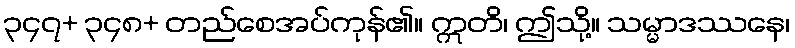
၃၄၇+ ၃၄၈+ တည်စေအပ်ကုန်၏။ ဣတိ၊ ဤသို့။ သမ္မာဒဿနေ၊